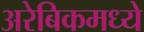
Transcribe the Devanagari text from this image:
अरेबिकमध्ये